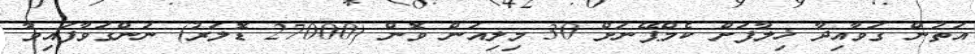
އަތުން ގަވާއިދާ ޚިލާފަށް ކެމްޕޭނަށް 30 މިލިއަން ވޮން (27000 ޑޮލަރު) ނަންގަވާފައިވާ